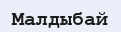
Малдыбай